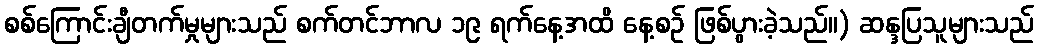
စစ်ကြောင်းချီတက်မှုများသည် စက်တင်ဘာလ ၁၉ ရက်နေ့အထိ နေ့စဉ် ဖြစ်ပွားခဲ့သည်။) ဆန္ဒပြသူများသည်